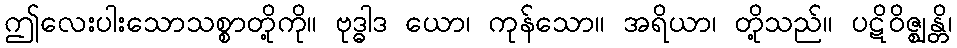
ဤလေးပါးသောသစ္စာတို့ကို။ ဗုဒ္ဓါဒ ယော၊ ကုန်သော။ အရိယာ၊ တို့သည်။ ပဋိဝိဇ္ဈန္တိ၊